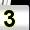
Digit: 3